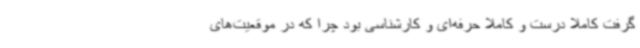
گرفت کاملا درست و کاملا حرفه‌ای و کارشناسی بود چرا که در موقعیت‌های